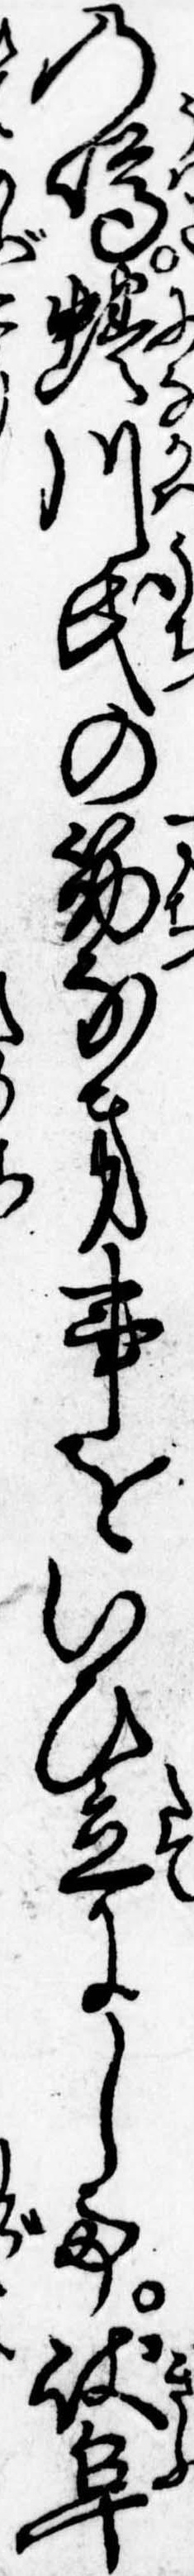
の噂蜷川氏の筋なき事をいひ立にして岐阜